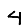
Digit: 4